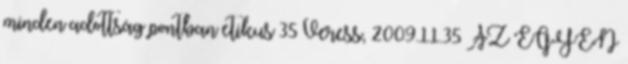
minden adottság pontban etikus 35 Veress, 2009.11.35 AZ EGYÉN